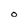
Character: O